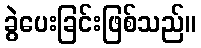
ခွဲပေးခြင်းဖြစ်သည်။